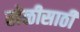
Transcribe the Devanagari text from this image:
खेळीसाठी